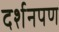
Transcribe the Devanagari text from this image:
दर्शनपण